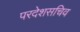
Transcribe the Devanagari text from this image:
परदेशसचिव